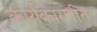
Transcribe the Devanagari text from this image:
कार्यकारणीत